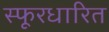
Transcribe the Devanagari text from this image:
स्फूरधारित